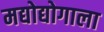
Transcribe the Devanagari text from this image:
मद्योद्योगाला